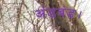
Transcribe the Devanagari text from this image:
अंडबंड।